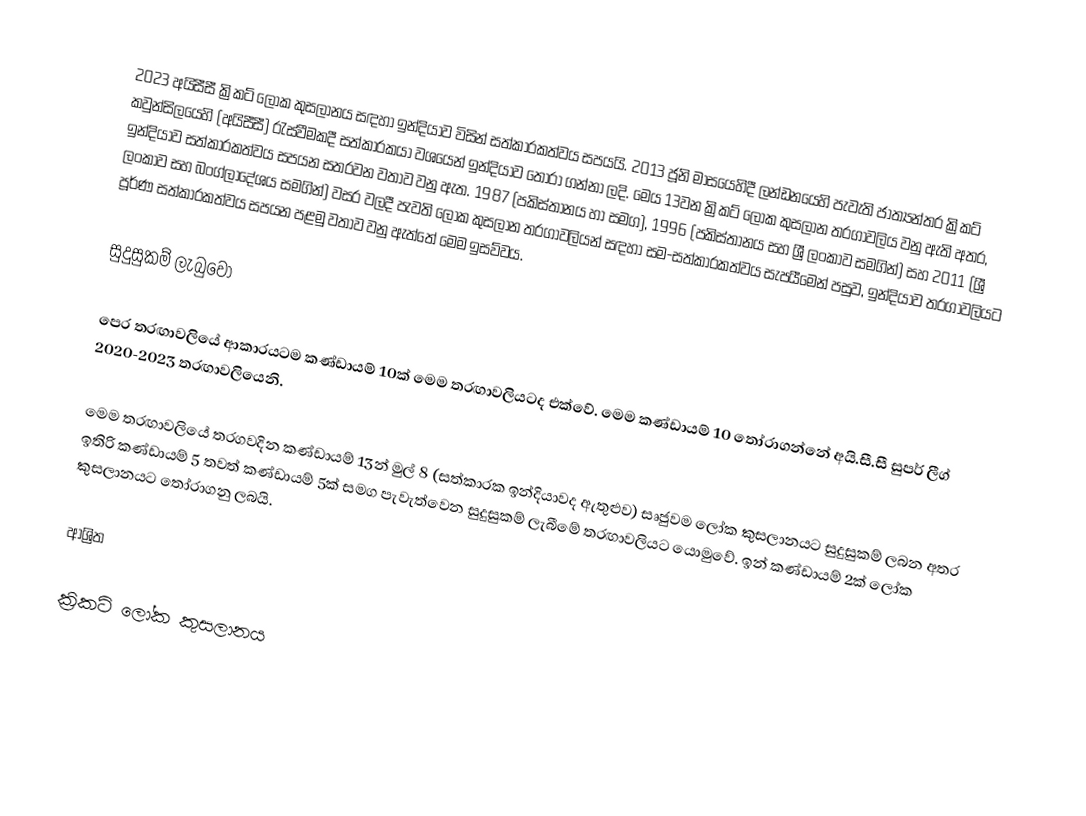
2023 අයිසීසී ක්‍රිකට් ලෝක කුසලානය සඳහා  ඉන්දියාව විසින් සත්කාරකත්වය  සපයයි. 2013 ජූනි මාසයෙහිදී ලන්ඩනයෙහි පැවැති ජාත්‍යන්තර ක්‍රිකට් කවුන්සිලයෙහි (අයිසීසී) රැස්වීමකදී සත්කාරකයා වශයෙන් ඉන්දියාව තෝරා ගන්නා ලදි.   මෙය  13වන ක්‍රිකට් ලෝක කුසලාන තරගාවලිය වනු ඇති අතර, ඉන්දියාව සත්කාරකත්වය සපයන සතරවන වතාව වනු ඇත. 1987 (පකිස්තානය හා සමග), 1996 (පකිස්තානය සහ ශ්‍රී ලංකාව සමගින්) සහ 2011 (ශ්‍රී ලංකාව සහ බංග්ලාදේශය සමගින්) වසර වලදී පැවති ලෝක කුසලාන තරගාවලියන් සඳහා සම-සත්කාරකත්වය සැපයීමෙන් පසුව,  ඉන්දියාව තරගාවලියට පූර්ණ සත්කාරකත්වය සපයන පළමු වතාව වනු ඇත්තේ මෙම ඉසව්වය.

සුදුසුකම් ලැබුවෝ

පෙර තරඟාවලියේ ආකාරයටම කණ්ඩායම් 10ක් මෙම තරඟාවලියටද එක්වේ. මෙම කණ්ඩායම් 10 තෝරාගන්නේ අයි.සී.සී සුපර් ලීග් 2020-2023 තරඟාවලියෙනි.

මෙම තරඟාවලියේ තරගවදින කණ්ඩායම් 13න් මුල් 8 (සත්කාරක ඉන්දියාවද ඇතුළුව) සෘජුවම ලෝක කුසලානයට සුදුසුකම් ලබන අතර ඉතිරි කණ්ඩායම් 5 තවත් කණ්ඩායම් 5ක් සමග පැවැත්වෙන සුදුසුකම් ලැබීමේ තරඟාවලියට යොමුවේ. ඉන් කණ්ඩායම් 2ක් ලෝක කුසලානයට තෝරාගනු ලබයි.

ආශ්‍රිත

ක්‍රිකට් ලෝක කුසලානය